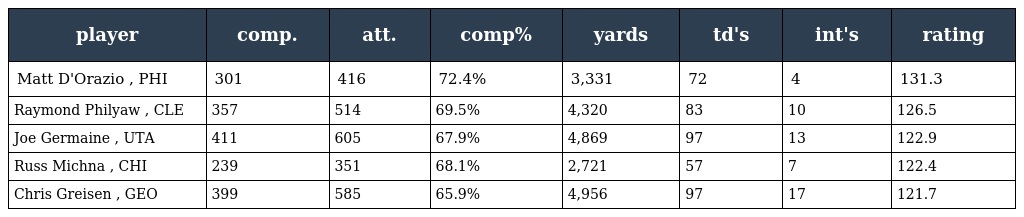
| player | comp. | att. | comp% | yards | td's | int's | rating |
 | --- | --- | --- | --- | --- | --- | --- | --- |
 | Matt D'Orazio , PHI | 301 | 416 | 72.4% | 3,331 | 72 | 4 | 131.3 |
 | Raymond Philyaw , CLE | 357 | 514 | 69.5% | 4,320 | 83 | 10 | 126.5 |
 | Joe Germaine , UTA | 411 | 605 | 67.9% | 4,869 | 97 | 13 | 122.9 |
 | Russ Michna , CHI | 239 | 351 | 68.1% | 2,721 | 57 | 7 | 122.4 |
 | Chris Greisen , GEO | 399 | 585 | 65.9% | 4,956 | 97 | 17 | 121.7 |